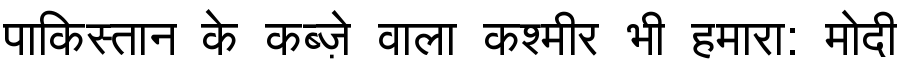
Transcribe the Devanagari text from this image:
पाकिस्तान के कब्ज़े वाला कश्मीर भी हमारा: मोदी